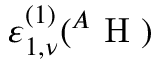
\varepsilon _ { 1 , \nu } ^ { ( 1 ) } ( { } ^ { A } \mathrm { ~ H ~ } )